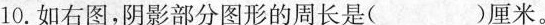
10.如右图，阴影部分图形的周长是( )厘米.